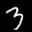
Label: 3